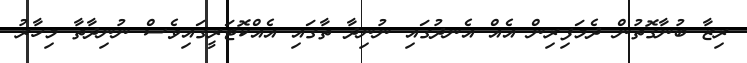
ރިޒާ ބުނާގޮތުން ދެމަފިރިން އެއް އެނދުގައި ނުުނިދާ ތާގައި އެއްކޮޓަރީގައިވެސް ނުނިދާތާ މިހާރު